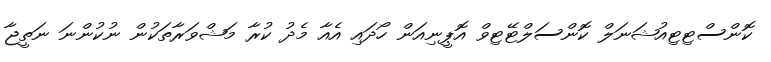
ކޮންސްޓިޓިއުޝަނަލް ކޮންސަލްޓޭޓިވް އޮޕީނިއަން ހޯދައި އެއާ މެދު ކުރާ މަޝްވަރާތަކުން ނުކުންނަ ނަތީޖާ